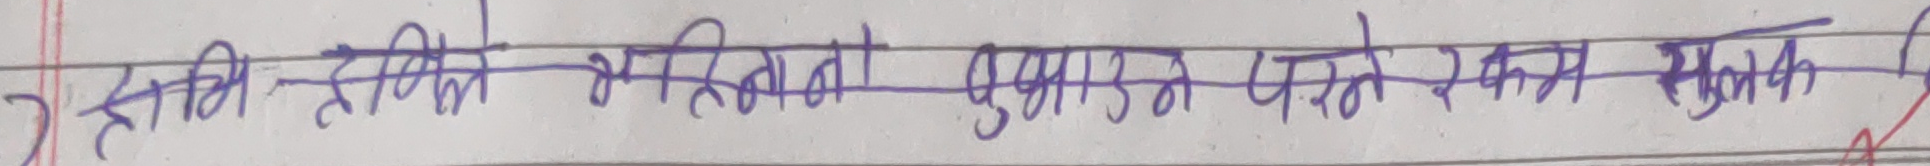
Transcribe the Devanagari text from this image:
कति हानिको क्षतिको बुझाउन पर्ने रकम शुल्क